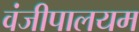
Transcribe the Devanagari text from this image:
वंजीपालयम